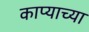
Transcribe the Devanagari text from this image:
काप्याच्या